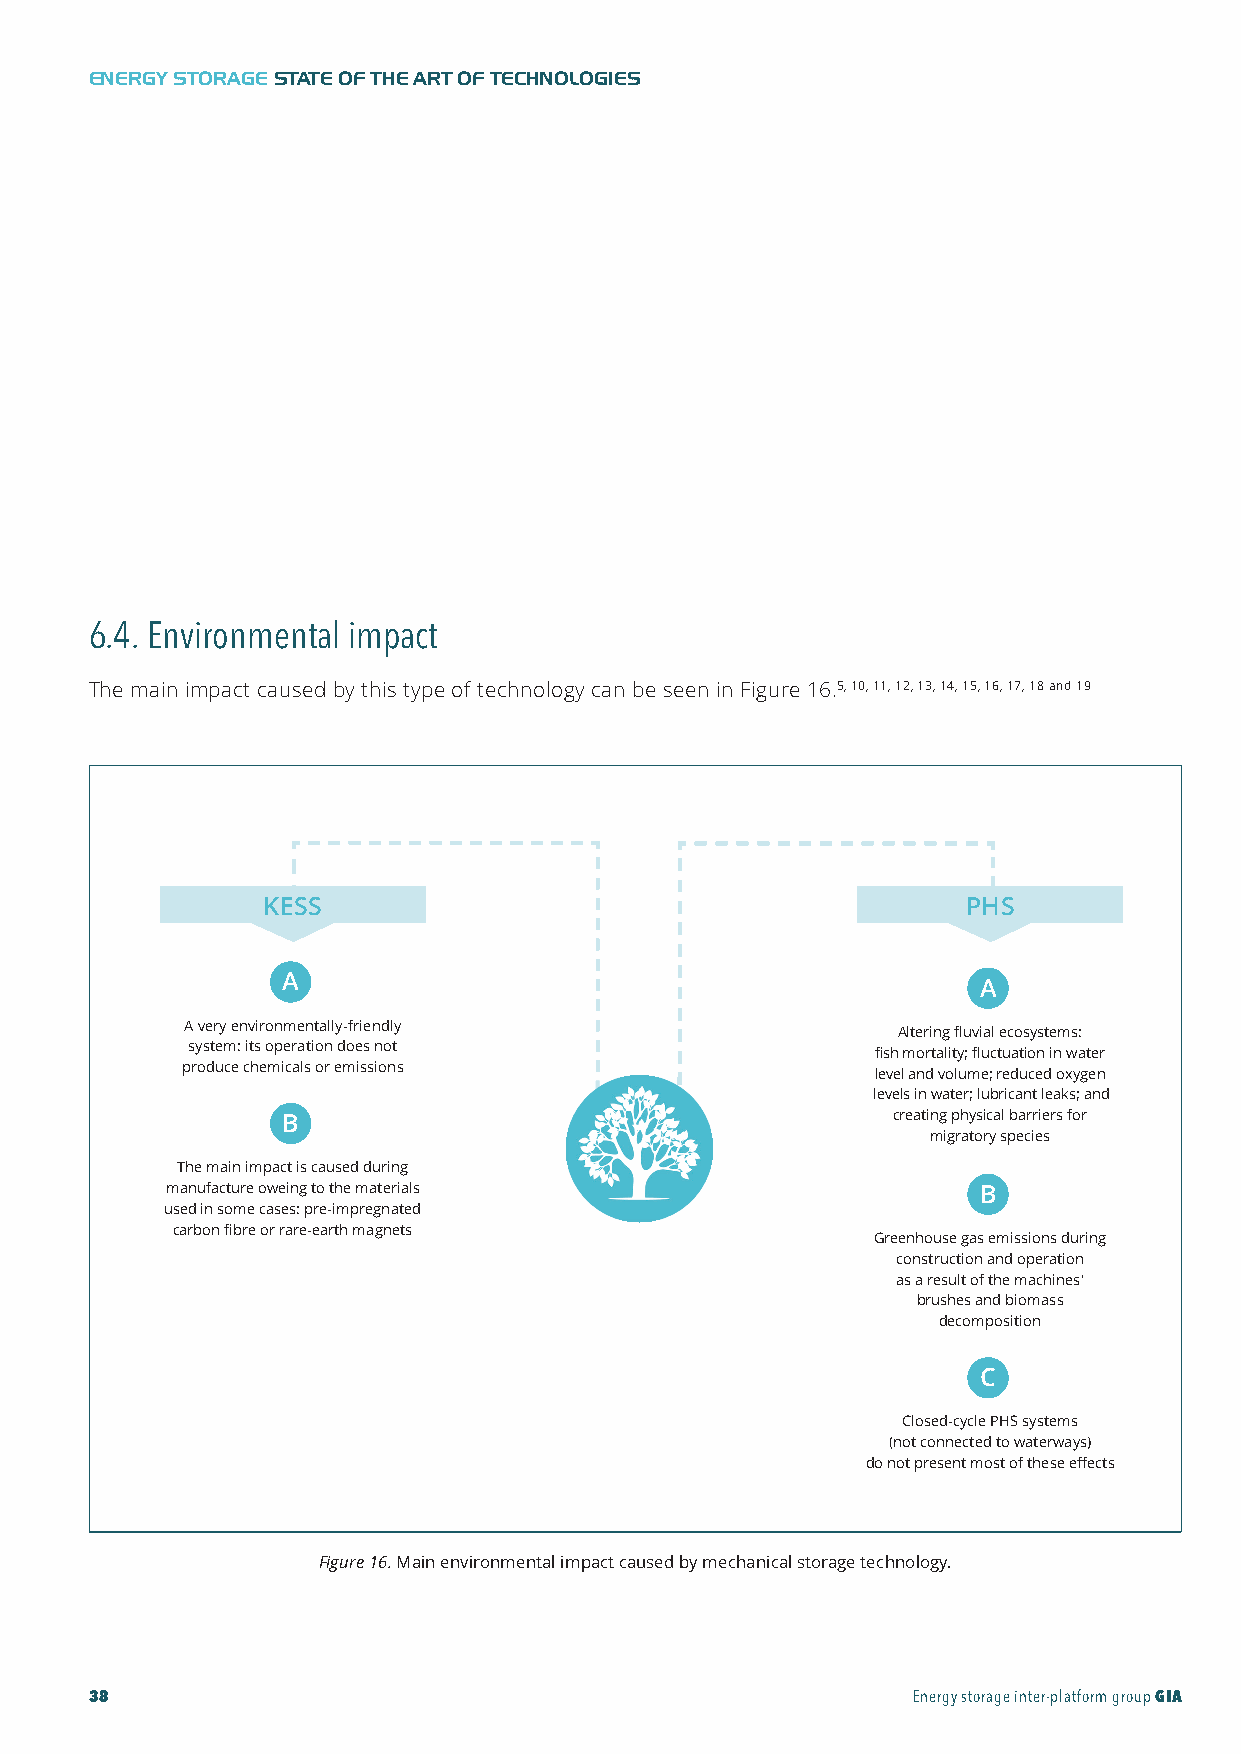
GIA-Maqueta-ENG 18/11/2015 10:05 Página 38
 ENERGY STORAGESTATE OF THE ART OF TECHNOLOGIES
 6.4. Environmental impact
 The main impact caused by this type of technology can be seen in Figure 16.5, 10, 11, 12, 13, 14, 15, 16, 17, 18 and 19
 KESS                                           PHS
 A                                             A
 A very environmentally-friendly                Altering fluvial ecosystems:
 system: its operation does not                fish mortality; fluctuation in water
 produce chemicals or emissions                level and volume; reduced oxygen
 levels in water; lubricant leaks; and
 B                                       creating physical barriers for
 migratory species
 The main impact is caused during
 manufacture oweing to the materials                   B
 used in some cases: pre-impregnated
 carbon fibre or rare-earth magnets
 Greenhouse gas emissions during
 construction and operation
 as a result of the machines'
 brushes and biomass
 decomposition
 C
 Closed-cycle PHS systems
 (not connected to waterways)
 do not present most of these effects
 Figure16.Main environmental impact caused by mechanical storage technology.
 38                                                    Energy storage inter-platform groupGIA